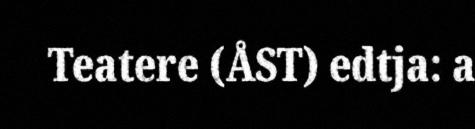
Teatere (ÅST) edtja: a